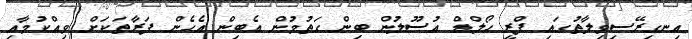
އިނގިރޭސިވިލާތުގައި ފްރީ ހޯލްޑް އުސޫލުން ބިން ގަތުމުން އެބިން އެހެން ފަރާތަކަށް ވިއްކުމާއި